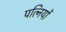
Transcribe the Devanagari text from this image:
पत्‍िनयों